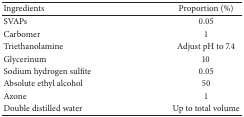
<table><thead><tr><td><b>Ingredients</b></td><td><b>Proportion (%)</b></td></tr></thead><tbody><tr><td>SVAPs</td><td>0.05</td></tr><tr><td>Carbomer</td><td>1</td></tr><tr><td>Triethanolamine</td><td>Adjust pH to 7.4</td></tr><tr><td>Glycerinum</td><td>10</td></tr><tr><td>Sodium hydrogen sulfite</td><td>0.05</td></tr><tr><td>Absolute ethyl alcohol</td><td>50</td></tr><tr><td>Azone</td><td>1</td></tr><tr><td>Double distilled water</td><td>Up to total volume</td></tr></tbody></table>